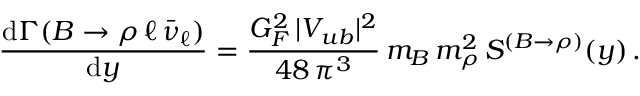
{ \frac { \mathrm { d } \Gamma ( B \to \rho \, \ell \, \bar { \nu } _ { \ell } ) } { \mathrm { d } y } } = { \frac { G _ { F } ^ { 2 } \, | V _ { u b } | ^ { 2 } } { 4 8 \, \pi ^ { 3 } } } \, m _ { B } \, m _ { \rho } ^ { 2 } \, S ^ { ( B \to \rho ) } ( y ) \, .